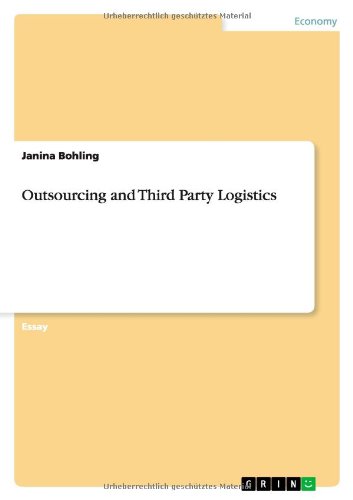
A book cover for Outsourcing and Third Party Logistics; Janina Bohling; Business & Money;